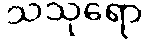
သသုရော